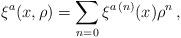
LaTeX: \begin{align*}\xi^a(x,\rho) =\sum_{n=0} \xi^{a\,(n)}(x)\rho^n\,,\end{align*}